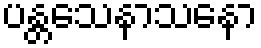
ပန္တသေနာသနော